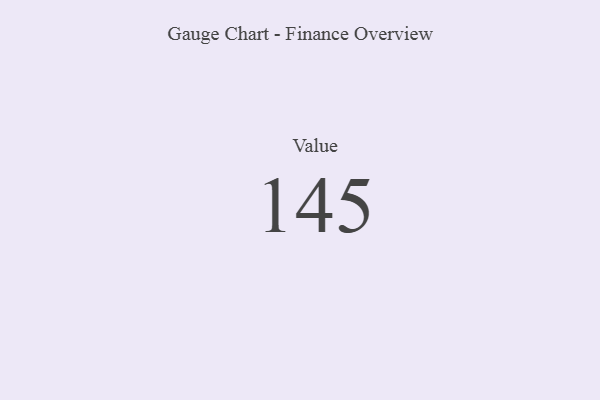
{"axis": {"x": "Metric", "y": "Value"}, "legend": [""], "data": [{"x": "Value", "y": 145, "type": ""}]}